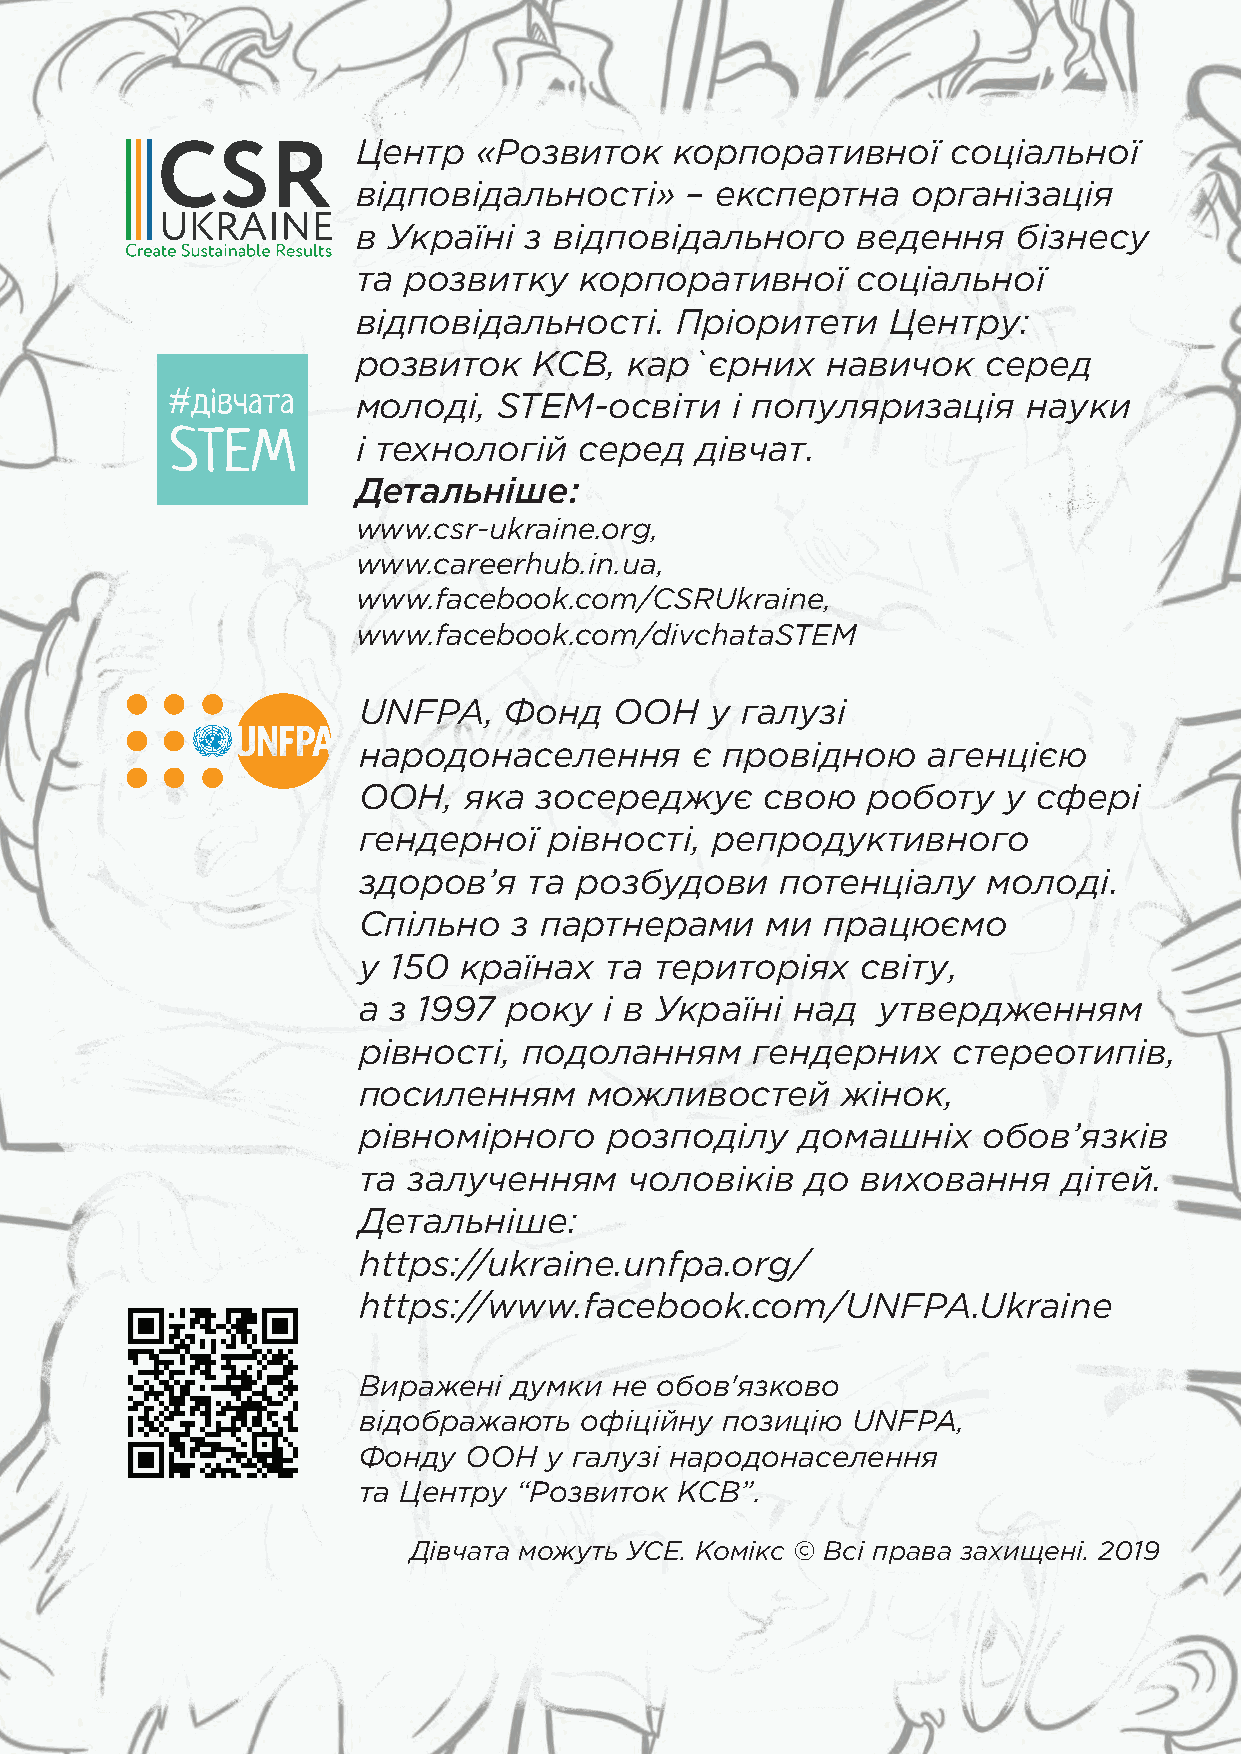
Центр   «Розвиток    корпоративної     соціальної
 відповідальності»    – експертна    організація
 в Україні  з відповідального     ведення   бізнесу
 та розвитку   корпоративної      соціальної
 відповідальності.    Пріоритети    Центру:
 розвиток   КСВ,   кар`єрних    навичок   серед
 молоді,  STEM-освіти    і популяризація     науки
 і технологій  серед   дівчат.
 Детальніше:
 www.csr-ukraine.org,
 www.careerhub.in.ua,
 www.facebook.com/CSRUkraine,
 www.facebook.com/divchataSTEM
 UNFPA,   Фонд    ООН   у галузі
 народонаселення       є провідною    агенцією
 ООН,   яка зосереджує      свою  роботу    у сфері
 гендерної   рівності,  репродуктивного
 здоров’я   та розбудови     потенціалу   молоді.
 Спільно   з партнерами     ми працюємо
 у 150 країнах   та територіях    світу,
 а з 1997  року  і в Україні над   утвердженням
 рівності,  подоланням     гендерних    стереотипів,
 посиленням     можливостей      жінок,
 рівномірного    розподілу    домашніх    обов’язків
 та залученням     чоловіків  до  виховання    дітей.
 Детальніше:
 https://ukraine.unfpa.org/
 https://www.facebook.com/UNFPA.Ukraine
 Виражені  думки не обов'язково
 відображають  офіційну  позицію UNFPA,
 Фонду  ООН  у галузі народонаселення
 та Центру “Розвиток  КСВ”.
 Дівчата можуть УСЕ. Комікс © Всі права захищені. 2019